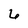
Character: 6